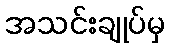
အသင်းချုပ်မှ